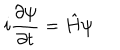
LaTeX: i \frac { \partial \psi } { \partial t } = \hat { H } \psi